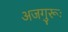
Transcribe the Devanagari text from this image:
अजगुरूः